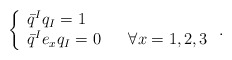
\begin{align*}\left\{\begin{array}{l}{\bar q}^I q_I = 1\\{\bar q}^I e_x q_I = 0 \hskip 20 pt \forall x=1,2,3\end{array}\right. .\end{align*}